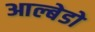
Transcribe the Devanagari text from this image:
आल्बेडो